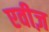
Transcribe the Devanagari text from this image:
एवीज़